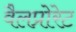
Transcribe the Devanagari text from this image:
वैलप्रोरेट